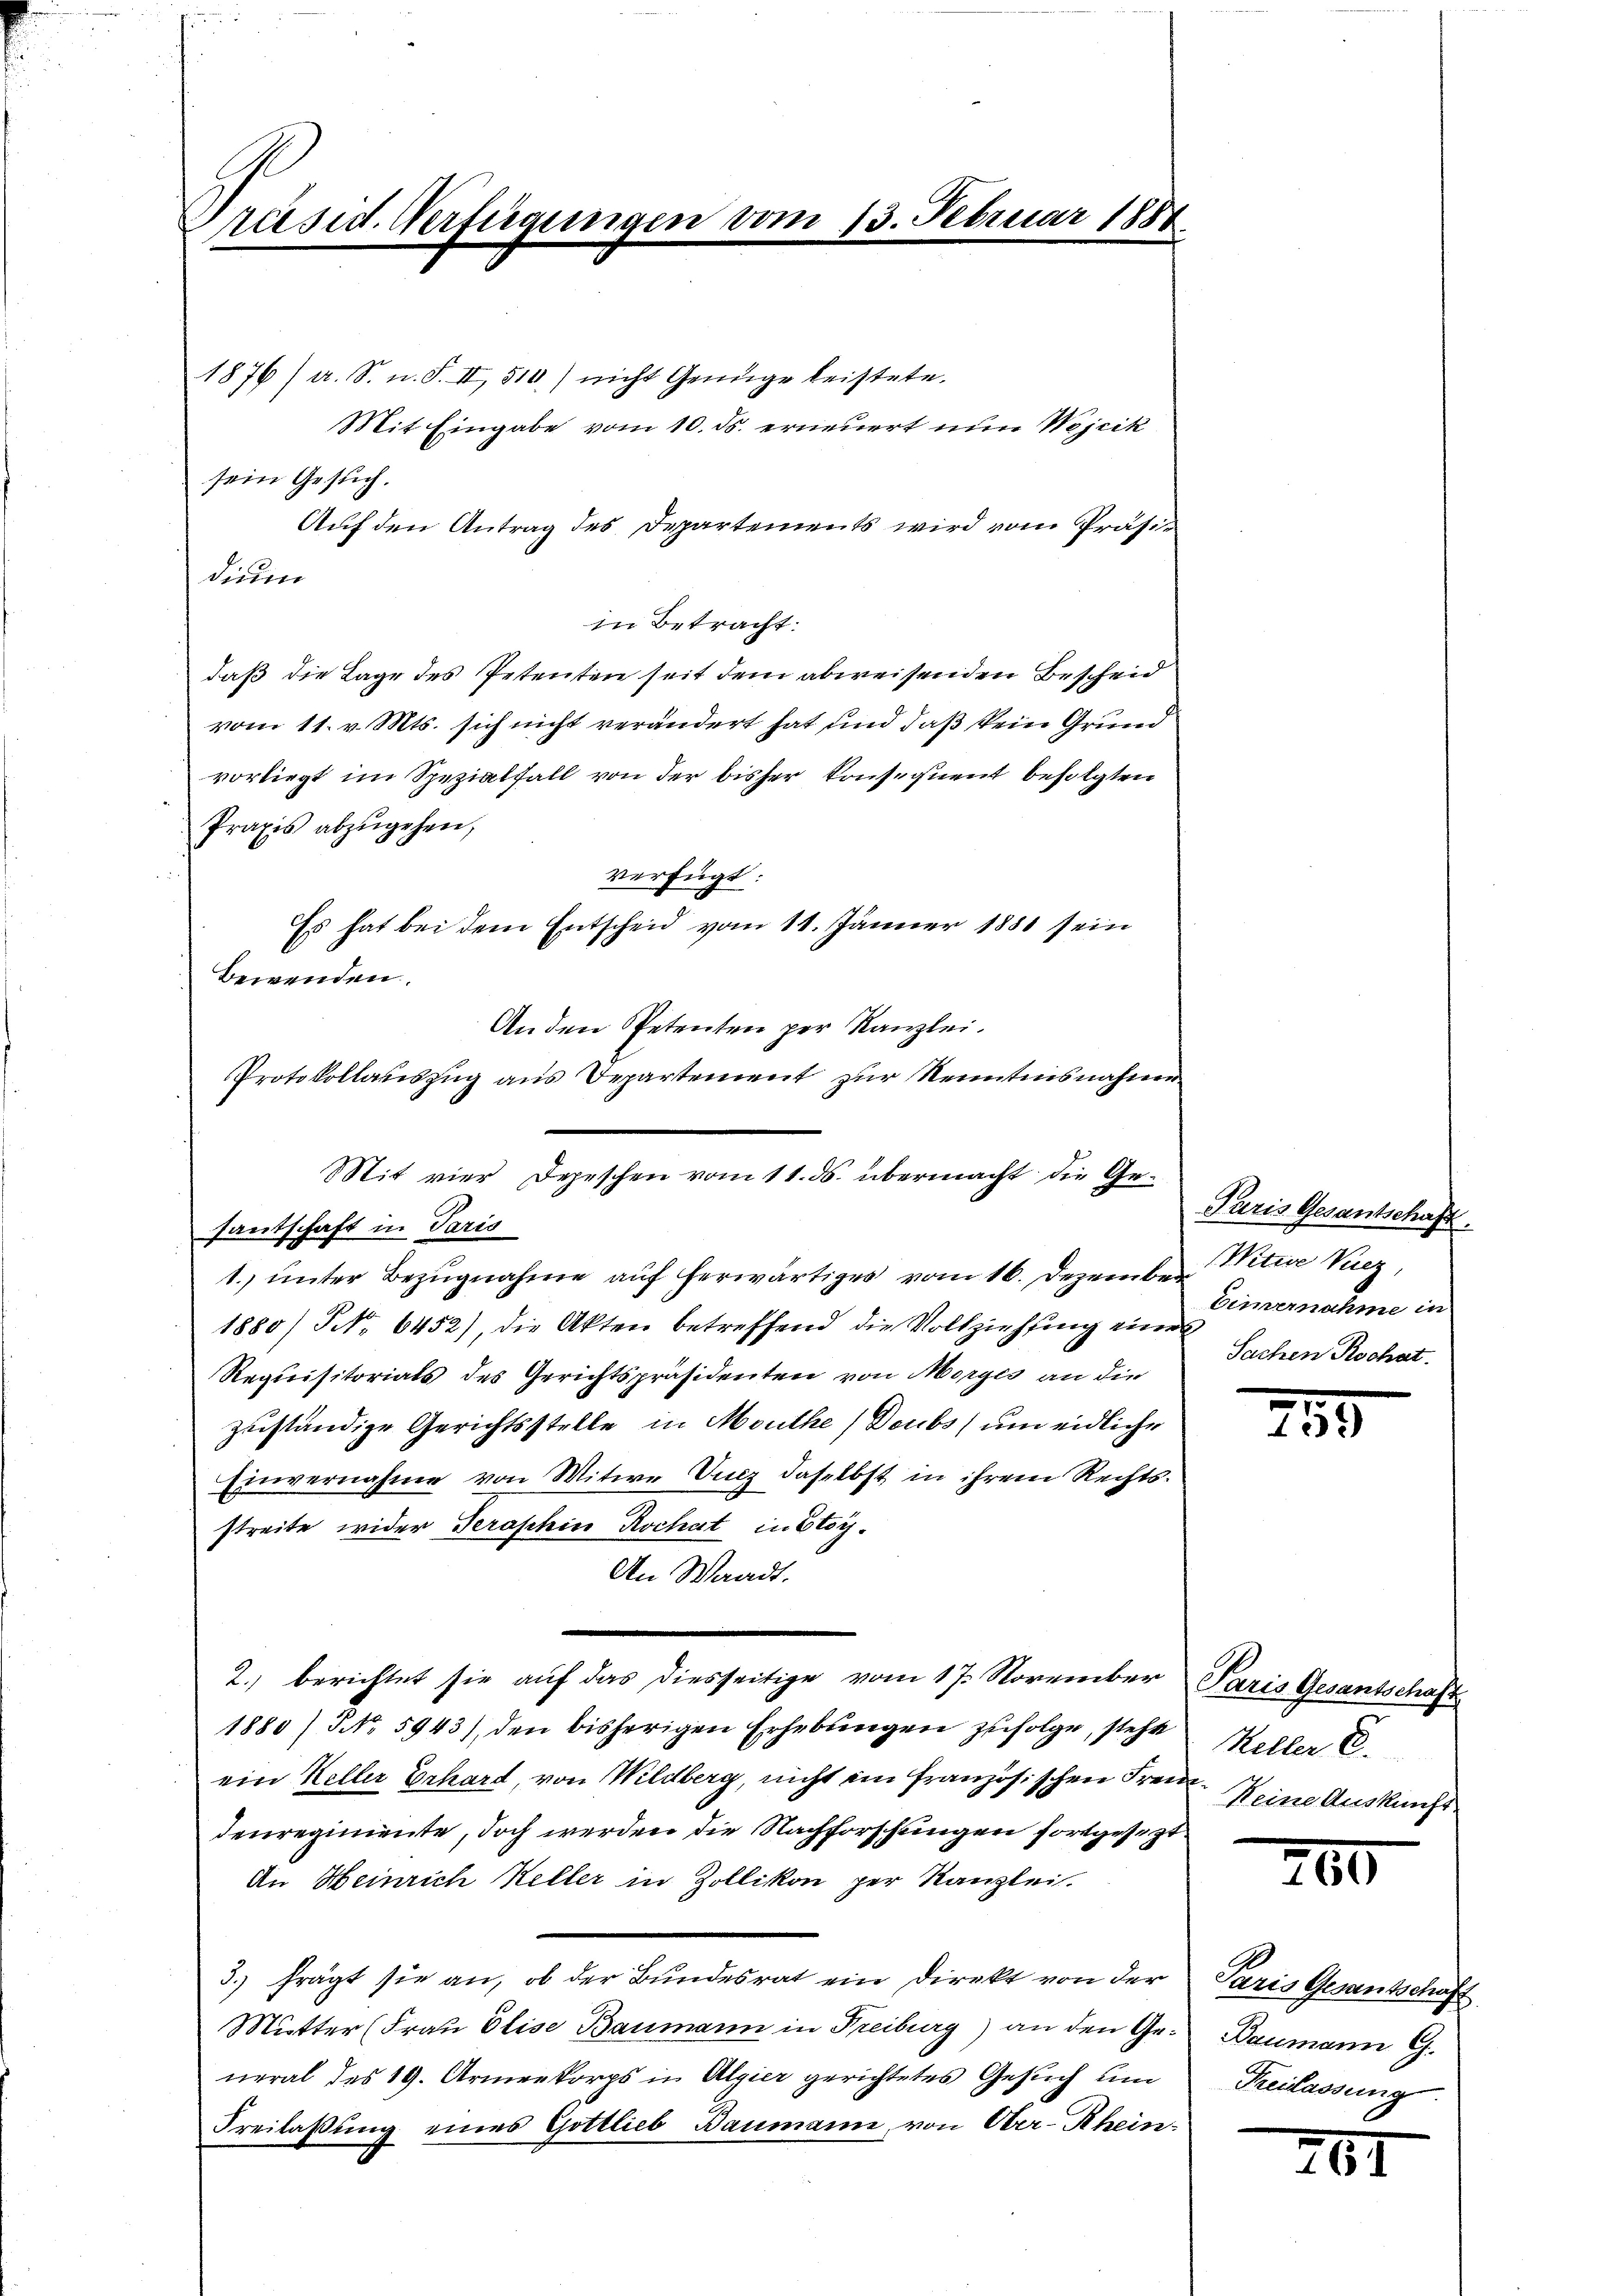
räsid. Verfügungen

Mit vier Depeschen vom 11. ds. übermacht die Gesantschaft in Paris
1. unter Bezugnahme auf herwärtiges vom 16. Dezember Witwe Vuez

Protokollauszug aus Departement zur Kenntnisnahme

.

13. Februar 188.

1876/ a. S. n. F. II, 510) nicht Genüge leistete.
dium
in Betracht:
daß die Tage des Petenten seit dem abweisenden Bescheid
vom 11. v. Mts. sich nicht verändert hat und daß kein Grund
vorliegt im Spezialfall von der bisher konsequent befolgten
Praxis abzŭgehen,
verfügt:
Es hat bei dem Entscheid vom 11. Jänner 1880 sein
Bewenden.
An den Petenten per Kanzlei.

Mit Eingabe vom 10. ds. erneuert nun Wojcik
sein Gesuch.
Auf den Antrag des Departements wird vom Präsi¬

1880/ NNo. 6452), die Akten betreffend die Vollziehung ein Vernahme in
Requisitorials des Gerichtspräsidenten von Morges an die
zuständige Gerichtsstelle in Mauthe (Doubs um eidliche
Einvernahme von Mitwe Vinz daselbst in ihrem Rechtsstreite wider Seraschin Rochat in Stoy¬
An Waadt.
2. berichtet sie auf das diesseitige vom 17. November Paris Gesantschaft
1880/ NNo. 5943), den bisherigen Erhebungen zufolge, steht
ein Keller Erhard, von Wildberg, nicht ein französischen Frei Keine Auskunft
denregimente, doch werden die Nachforschungen fortgesezt
An Heinrich Keller in Zollikon per Kanzlei.
3.) frägt sie an, ob der Bundesrat ein Direkt von der
Mutter (Frau Elise Baumann in Freiburg) an den General des 19. Armeekorps in Algier gerichtetes Gesuch und
Freilassung eines Gottlieb Baumann, von Ober-Rhein-

Puris Gesantschaft
Sachen Rochat.

Keller E

55

260

Paris Gesantschaft
Baumann G.
Preislassung.

267